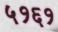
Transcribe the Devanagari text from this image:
५१६१